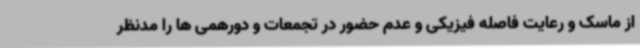
از ماسک و رعایت فاصله فیزیکی و عدم حضور در تجمعات و دورهمی ها را مدنظر